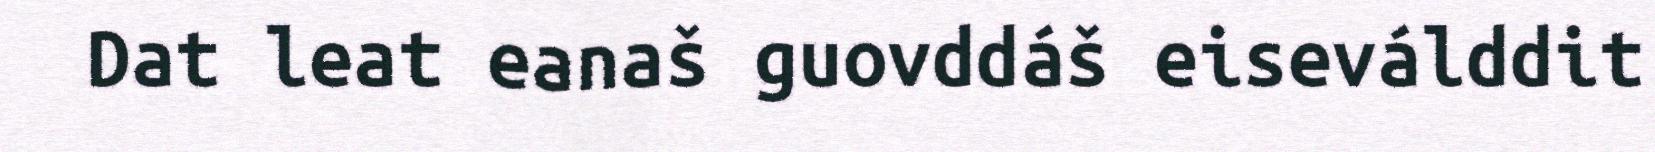
Dat leat eanaš guovddáš eiseválddit